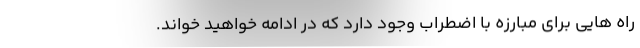
راه هایی برای مبارزه با اضطراب وجود دارد که در ادامه خواهید خواند.